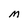
Character: m